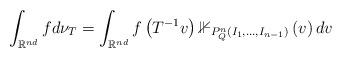
LaTeX: \begin{align*}\int_{\mathbb{R}^{nd}}fd\nu_{T}=\int_{\mathbb{R}^{nd}}f\left(T^{-1}v\right)\mathbb{1}_{P_{Q}^{n}\left(I_{1},\dots,I_{n-1}\right)}\left(v\right)dv\end{align*}